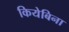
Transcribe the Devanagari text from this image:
कियेबिना